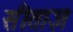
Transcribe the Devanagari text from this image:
सीताज़